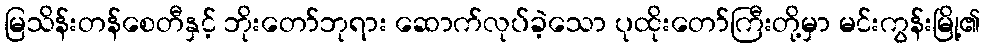
မြသိန်းတန်စေတီနှင့် ဘိုးတော်ဘုရား ဆောက်လုပ်ခဲ့သော ပုထိုးတော်ကြီးတို့မှာ မင်းကွန်းမြို့၏